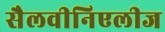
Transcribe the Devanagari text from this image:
सैलवीनिएलीज